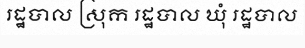
រដ្ឋបាល ស្រុក រដ្ឋបាល ឃុំ រដ្ឋបាល